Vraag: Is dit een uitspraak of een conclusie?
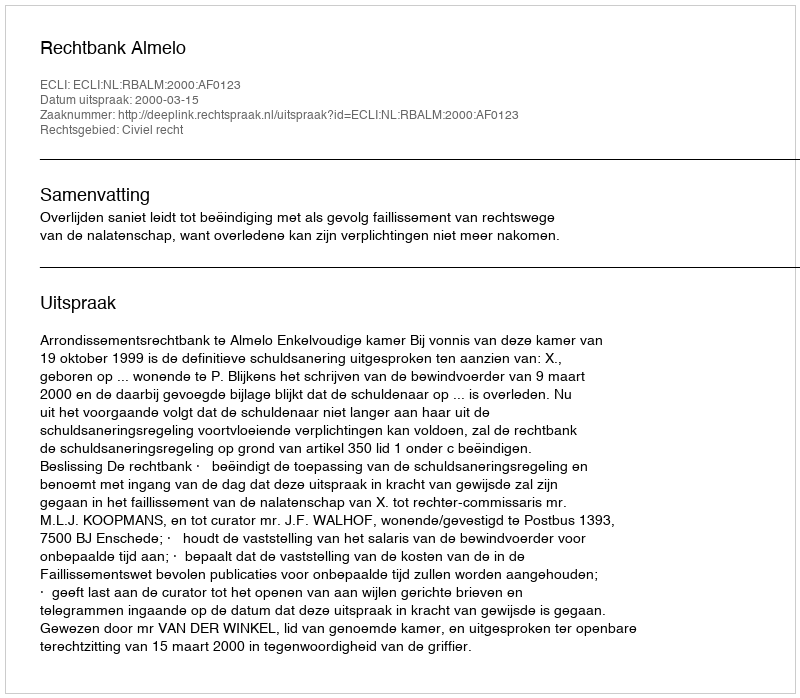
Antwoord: Uitspraak